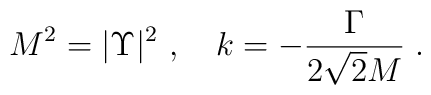
M^{2}=|\Upsilon|^{2}\ , \quad k =  -\frac{\Gamma}{2 \sqrt{2} M}\; .